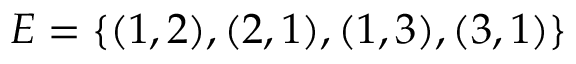
E = \{ ( 1 , 2 ) , ( 2 , 1 ) , ( 1 , 3 ) , ( 3 , 1 ) \}